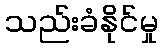
သည်းခံနိုင်မှု